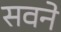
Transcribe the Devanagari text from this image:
सवने